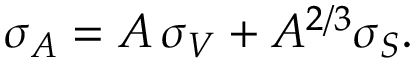
\sigma _ { A } = A \, \sigma _ { V } + A ^ { 2 / 3 } \sigma _ { S } .